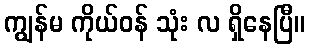
ကျွန်မ ကိုယ်ဝန် သုံး လ ရှိနေပြီ။